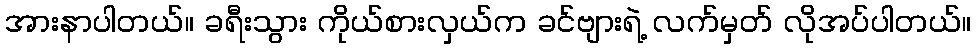
အားနာပါတယ်။ ခရီးသွား ကိုယ်စားလှယ်က ခင်ဗျားရဲ့ လက်မှတ် လိုအပ်ပါတယ်။